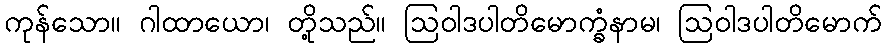
ကုန်သော။ ဂါထာယော၊ တို့သည်။ ဩဝါဒပါတိမောက္ခံနာမ၊ ဩဝါဒပါတိမောက်